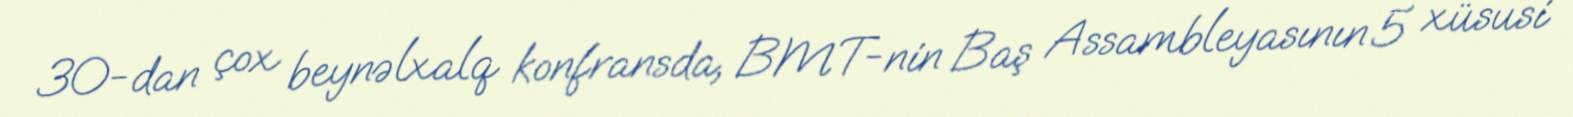
30-dan çox beynəlxalq konfransda, BMT-nin Baş Assambleyasının 5 xüsusi